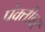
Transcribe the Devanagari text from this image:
पंक्तीवर